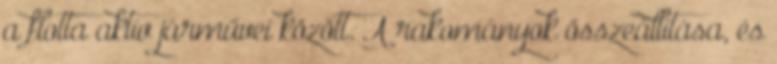
a flotta aktív járművei között. A rakományok összeállítása, és